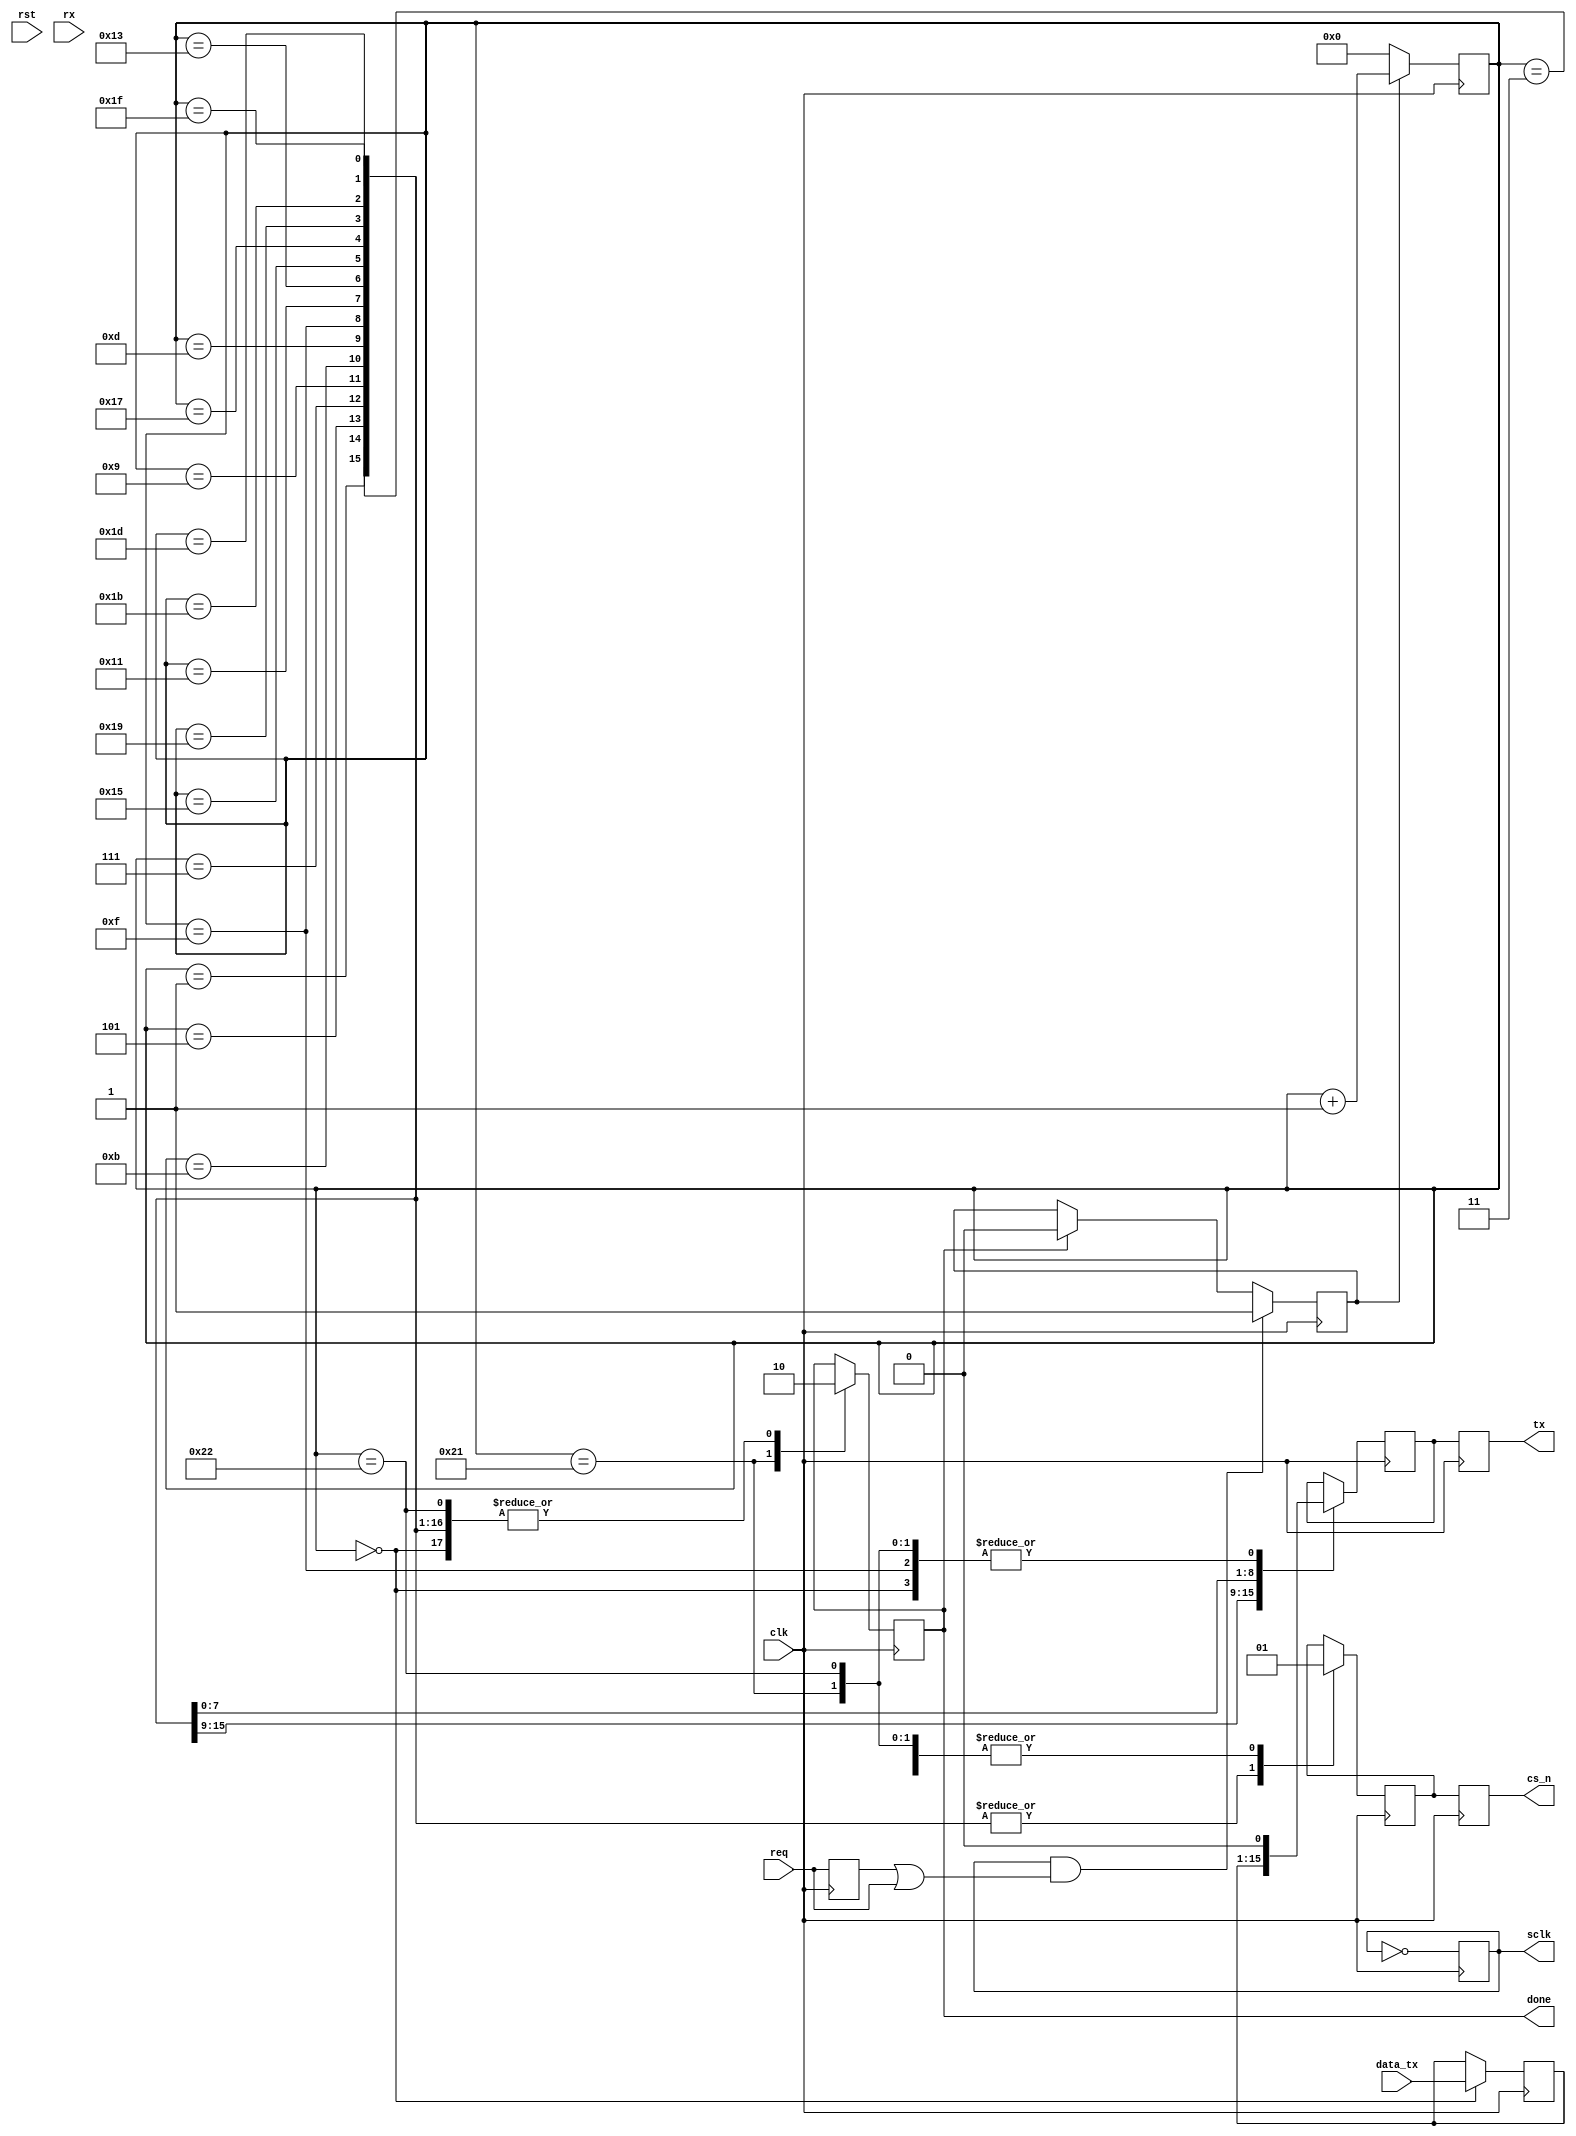
module spi_wr(
    input               clk,
    input               rst,
    output reg          sclk = 1'b1,
    input       [14:0]  data_tx,
    input               req,
    output reg          tx,
    input               rx,
    output reg          cs_n,
    output reg          done = 1'b0
);

reg tx_reg;
reg cs_n_reg;
reg [14:0] data_tx_reg = 8'd0;
reg [5:0] cnt = 0;
reg flag = 1'b0;

reg req_d1;
wire req_reg;

always@(posedge clk)begin
    sclk = ~sclk;
end

always@(posedge clk)begin
    req_d1 <= req;
end

assign req_reg = req_d1 | req;

always@(posedge clk)begin
    if(sclk&&req_reg)
        flag <= 1'b1;
    else if(done)
        flag <= 1'b0;
    else
        flag <= flag;
end

always@(posedge clk)begin
    if(flag==1'b1)
        cnt <= cnt + 1'b1;
    else
        cnt <= 6'b0;
end

always@(posedge clk)begin
    case(cnt)
        6'd0:begin
            tx_reg <= 1'b0;
            data_tx_reg <= data_tx;
            done = 1'b0;
            cs_n_reg <= 1'b1;
        end
        6'd1:begin
            tx_reg <= data_tx_reg[14];
            data_tx_reg <= data_tx_reg;
            done = 1'b0;
            cs_n_reg <= 1'b0;
        end
        6'd3:begin
            tx_reg <= data_tx_reg[13];
            data_tx_reg <= data_tx_reg;
            done = 1'b0;
            cs_n_reg <= 1'b0;
        end
        6'd5:begin
            tx_reg <= data_tx_reg[12];
            data_tx_reg <= data_tx_reg;
            done = 1'b0;
            cs_n_reg <= 1'b0;
        end
        6'd7:begin
            tx_reg <= data_tx_reg[11];
            data_tx_reg <= data_tx_reg;
            done = 1'b0;
            cs_n_reg <= 1'b0;
        end
        6'd9:begin
            tx_reg <= data_tx_reg[10];
            data_tx_reg <= data_tx_reg;
            done = 1'b0;
            cs_n_reg <= 1'b0;
        end
        6'd11:begin
            tx_reg <= data_tx_reg[9];
            data_tx_reg <= data_tx_reg;
            done = 1'b0;
            cs_n_reg <= 1'b0;
        end
        6'd13:begin
            tx_reg <= data_tx_reg[8];
            data_tx_reg <= data_tx_reg;
            done = 1'b0;
            cs_n_reg <= 1'b0;
        end
        6'd15:begin
            tx_reg <= 1'b0;
            data_tx_reg <= data_tx_reg;
            done = 1'b0;
            cs_n_reg <= 1'b0;
        end
        6'd17:begin
            tx_reg <= data_tx_reg[7];
            data_tx_reg <= data_tx_reg;
            done = 1'b0;
            cs_n_reg <= 1'b0;
        end
        6'd19:begin
            tx_reg <= data_tx_reg[6];
            data_tx_reg <= data_tx_reg;
            done = 1'b0;
            cs_n_reg <= 1'b0;
        end
        6'd21:begin
            tx_reg <= data_tx_reg[5];
            data_tx_reg <= data_tx_reg;
            done = 1'b0;
            cs_n_reg <= 1'b0;
        end
        6'd23:begin
            tx_reg <= data_tx_reg[4];
            data_tx_reg <= data_tx_reg;
            done = 1'b0;
            cs_n_reg <= 1'b0;
        end
        6'd25:begin
            tx_reg <= data_tx_reg[3];
            data_tx_reg <= data_tx_reg;
            done = 1'b0;
            cs_n_reg <= 1'b0;
        end
        6'd27:begin
            tx_reg <= data_tx_reg[2];
            data_tx_reg <= data_tx_reg;
            done = 1'b0;
            cs_n_reg <= 1'b0;
        end
        6'd29:begin
            tx_reg <= data_tx_reg[1];
            data_tx_reg <= data_tx_reg;
            done = 1'b0;
            cs_n_reg <= 1'b0;
        end
        6'd31:begin
            tx_reg <= data_tx_reg[0];
            data_tx_reg <= data_tx_reg;
            done = 1'b0;
            cs_n_reg <= 1'b0;
        end
        6'd33:begin
            tx_reg <= 1'b0;
            data_tx_reg <= data_tx_reg;
            done = 1'b1;
            cs_n_reg <= 1'b1;
        end
        6'd34:begin
            tx_reg <= 1'b0;
            data_tx_reg <= data_tx_reg;
            done = 1'b0;
            cs_n_reg <= 1'b1;
        end
        default:begin
            tx_reg <= tx_reg;
            data_tx_reg <= data_tx_reg;
            done = done;
            cs_n_reg <= cs_n_reg;
        end
    endcase
end

always@(posedge clk)begin
    tx <= tx_reg;
    cs_n <= cs_n_reg;
end

endmodule